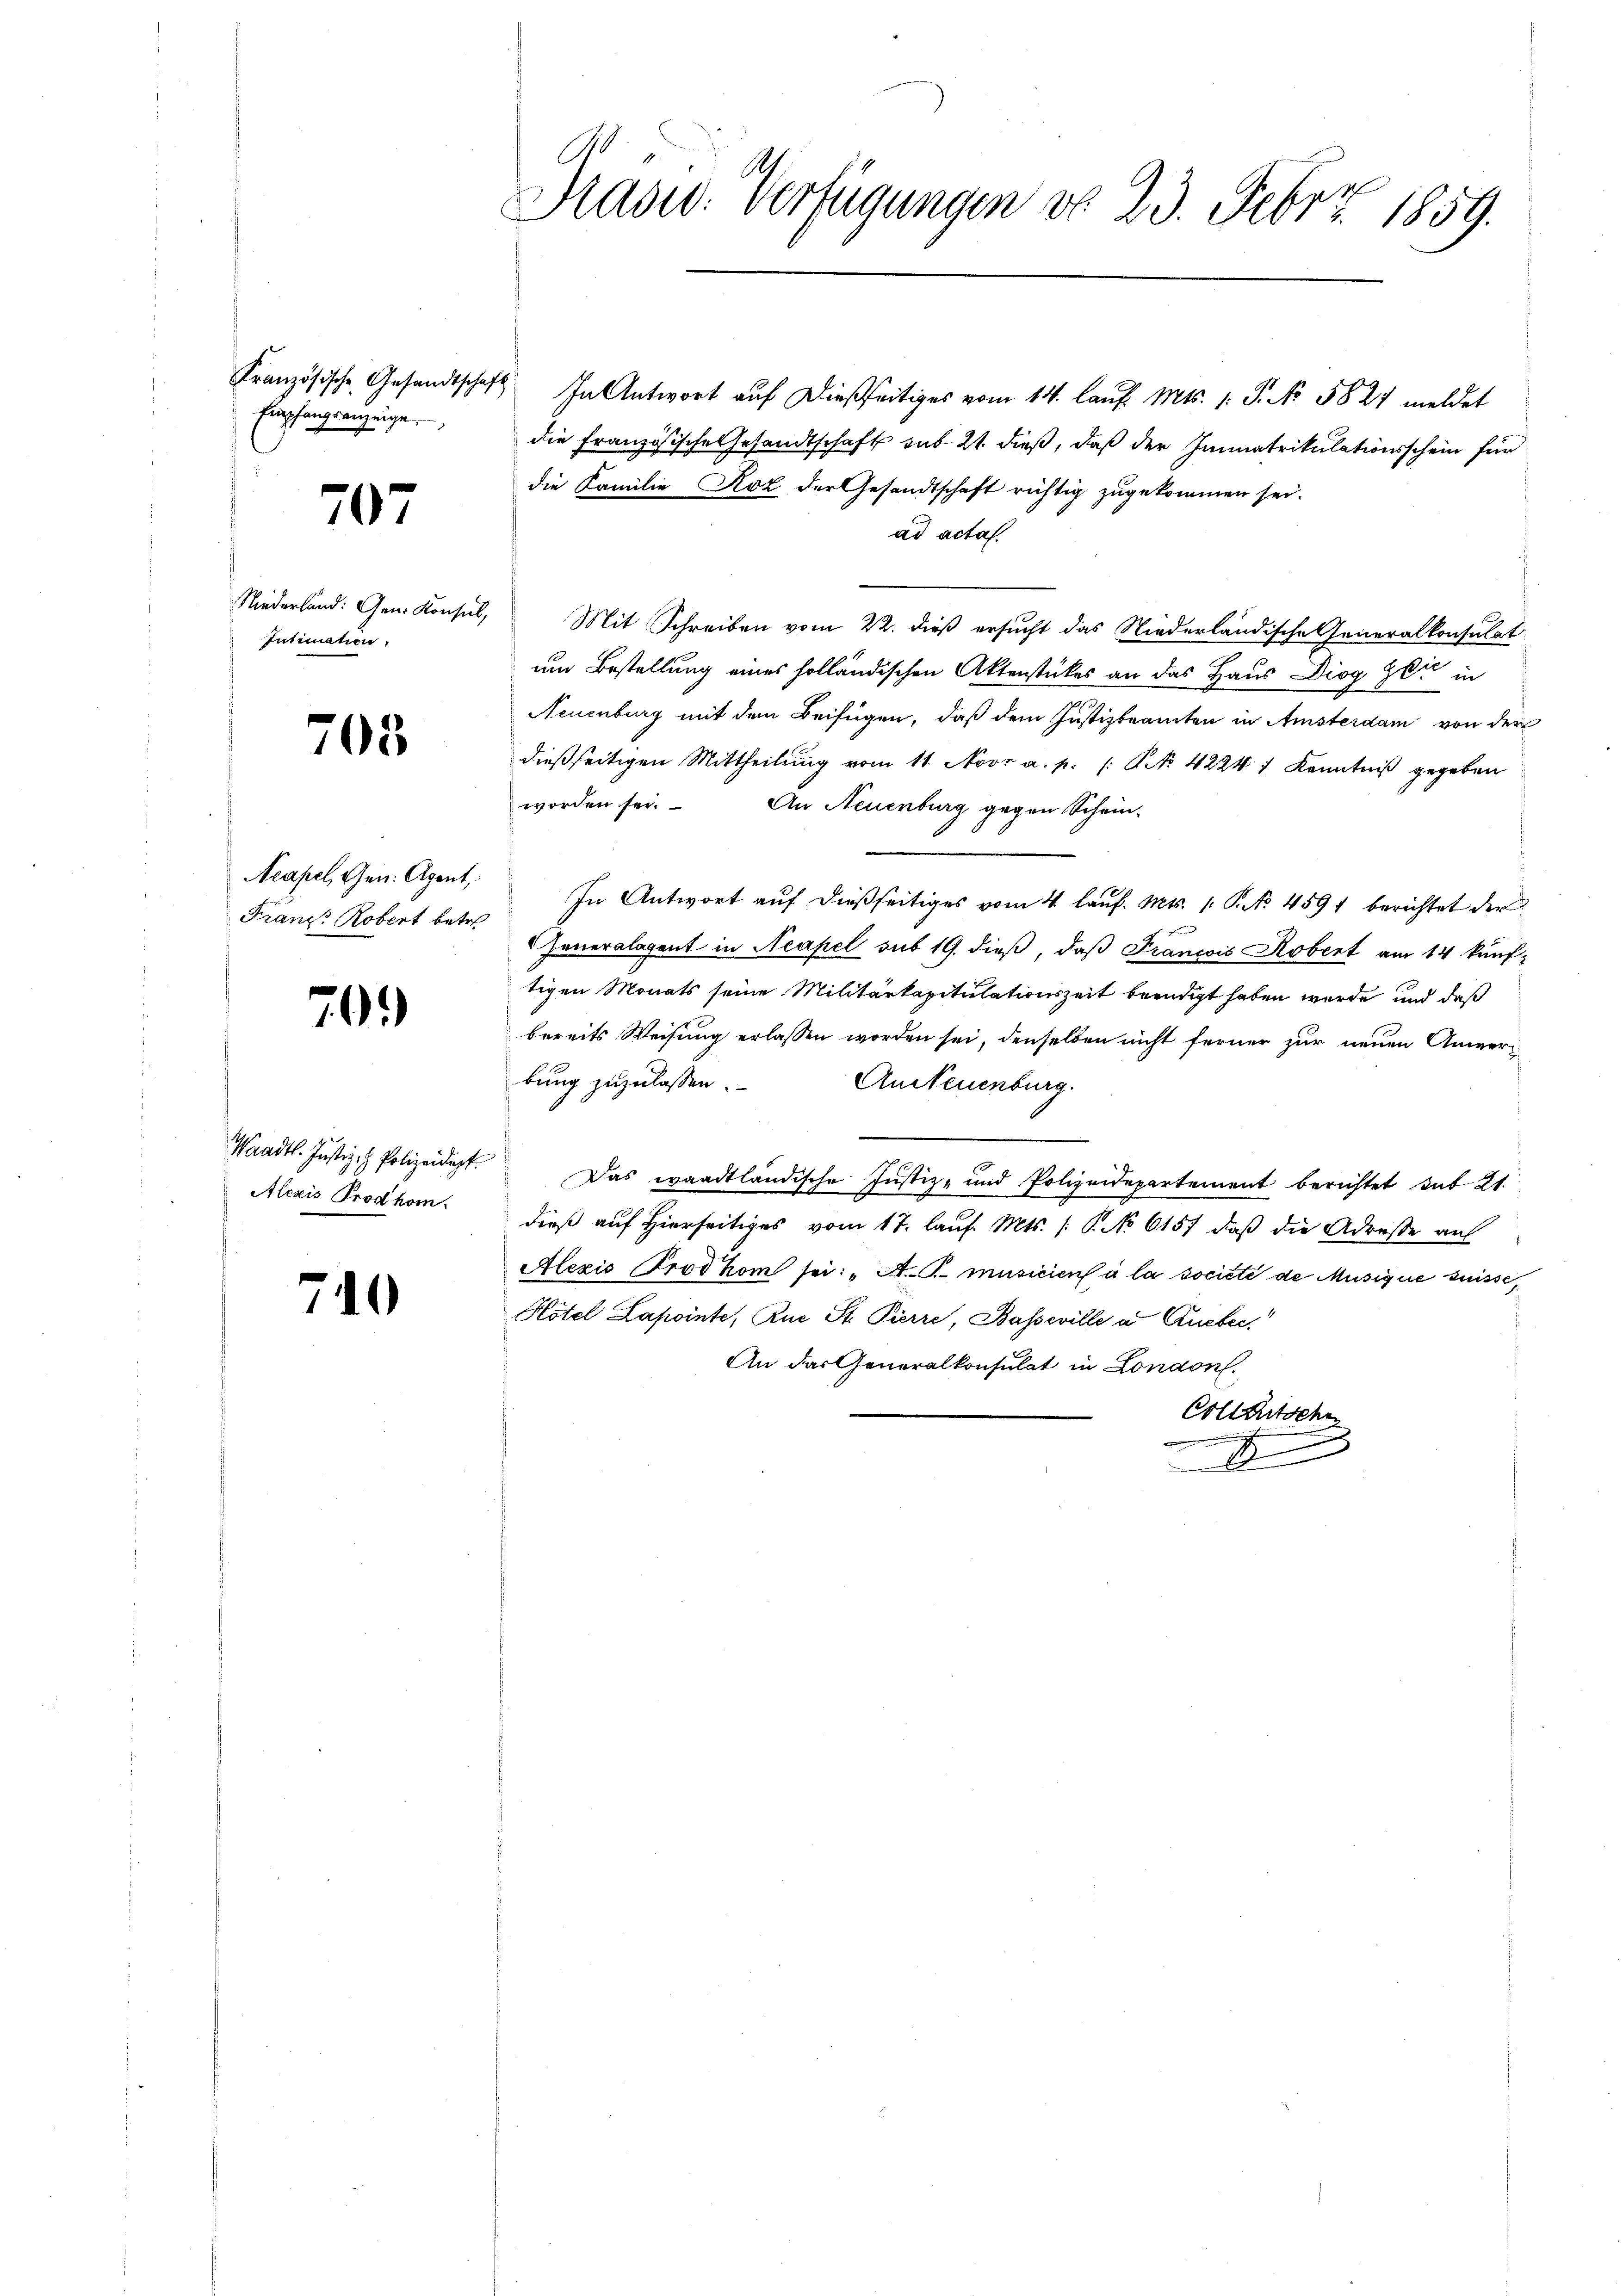
Empfangsanzeige.

707

Intimation

705

Acapel, Gen. Agent
Franz Robert betre

70.)

Alczis Prodhom.

740

C
y
Sadw. Verfügungen do 23. Feb. 2. 1859.

Französische Gesandtschaft. In Antwort auf dießseitiges vom 14. laŭf. Mts. 1. P. No. 5827 meldet
die Französische Gesandtschaft sub 21. dieß, daß der Immatrikulationsschein für
die Familie Koz der Gesandtschaft richtig zugekommen sei.
ad acta.
Niederland: Gen. Konsul, Mit Schreiben vom 22. dieß ersucht das Niederländische Generalkonsulat
um Bestellung eines holländischen Aktenstückes an das Haus Diog Zeit in
Neuenburg mit dem Beifügen, daß dem Justizbeamten in Amsterdam von der
dießseitigen Mittheilung vom 11. Nov. a. p. /: Art. 4224) Kenntniß gegeben
worden sei. An Neuenburg gegen Schein-
In Antwort aŭf dießseitiges vom 4. laŭf. Mts. 1. P. No. 459 berichtet der
Jeneralagent in Neapel sub 19. dieß, daß Francois Robert am 14 künftigen Monats seine Militärkapitulationszeit beendigt haben wurde und daß
bereits Weisung erlassen worden sei, denselben nicht ferner zur neuen Anmerbung zuzulassen.
AnNeuenburg.

Waadt. Justiz- Polizeidest. Das waadtländische Justiz- und Polizeidepartement berichtet sub 21.
: dieß auf Hierseitiges vom 17. lauf. Mts. /: P. No 6157, daß die Adresse auf
Alezis Prodhom sei: „A.T. musicien à la societe de Musique suisse,
Hôtel Lapointe, Rue St. Pierre, Basseville a Aueber¬
An das Generalkonsulat in London.
Collentschen